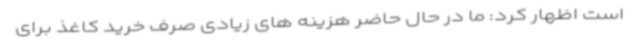
است اظهار کرد: ما در حال حاضر هزینه های زیادی صرف خرید کاغذ برای